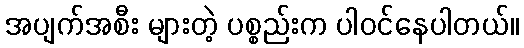
အပျက်အစီး များတဲ့ ပစ္စည်းက ပါဝင်နေပါတယ်။